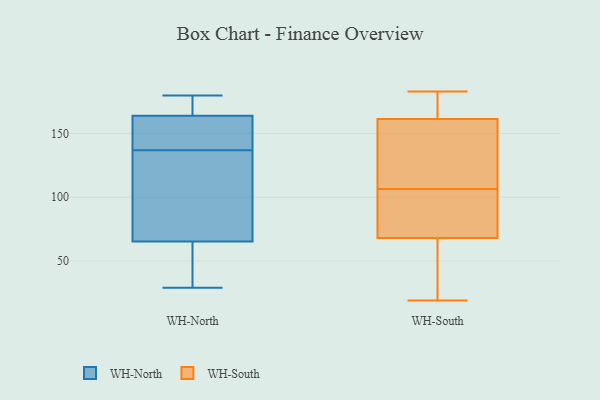
{"axis": {"x": "Waste Production (Tons)", "y": "Value"}, "legend": ["WH-North", "WH-South"], "data": [{"x": "", "y": 154, "type": "WH-North"}, {"x": "", "y": 161, "type": "WH-North"}, {"x": "", "y": 29, "type": "WH-North"}, {"x": "", "y": 177, "type": "WH-North"}, {"x": "", "y": 137, "type": "WH-North"}, {"x": "", "y": 96, "type": "WH-North"}, {"x": "", "y": 112, "type": "WH-North"}, {"x": "", "y": 180, "type": "WH-North"}, {"x": "", "y": 55, "type": "WH-North"}, {"x": "", "y": 29, "type": "WH-North"}, {"x": "", "y": 165, "type": "WH-North"}, {"x": "", "y": 175, "type": "WH-South"}, {"x": "", "y": 103, "type": "WH-South"}, {"x": "", "y": 84, "type": "WH-South"}, {"x": "", "y": 87, "type": "WH-South"}, {"x": "", "y": 183, "type": "WH-South"}, {"x": "", "y": 180, "type": "WH-South"}, {"x": "", "y": 148, "type": "WH-South"}, {"x": "", "y": 52, "type": "WH-South"}, {"x": "", "y": 19, "type": "WH-South"}, {"x": "", "y": 111, "type": "WH-South"}, {"x": "", "y": 48, "type": "WH-South"}, {"x": "", "y": 110, "type": "WH-South"}]}